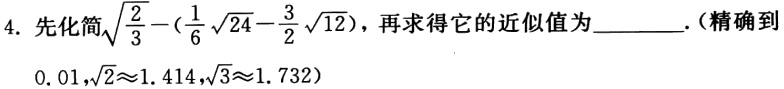
4. 先化简$\sqrt{\frac{2}{3}} - (\frac{1}{6}\sqrt{24} - \frac{3}{2}\sqrt{12})$，再求得它的近似值为________.(精确到$0.01$，$\sqrt{2}\approx1.414$，$\sqrt{3}\approx1.732$)